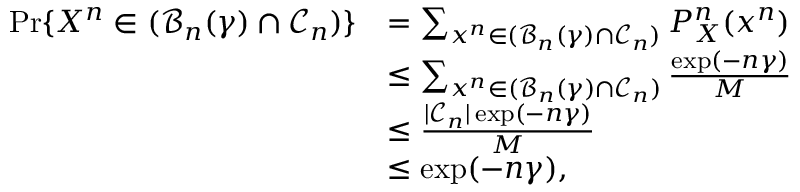
\begin{array} { r l } { \operatorname* { P r } \{ X ^ { n } \in ( \mathcal { B } _ { n } ( \gamma ) \cap \mathcal { C } _ { n } ) \} } & { = \sum _ { x ^ { n } \in ( \mathcal { B } _ { n } ( \gamma ) \cap \mathcal { C } _ { n } ) } P _ { X } ^ { n } ( x ^ { n } ) } \\ & { \leq \sum _ { x ^ { n } \in ( \mathcal { B } _ { n } ( \gamma ) \cap \mathcal { C } _ { n } ) } \frac { \exp ( - n \gamma ) } { M } } \\ & { \leq \frac { | \mathcal { C } _ { n } | \exp ( - n \gamma ) } { M } } \\ & { \leq \exp ( - n \gamma ) , } \end{array}